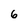
Character: 6